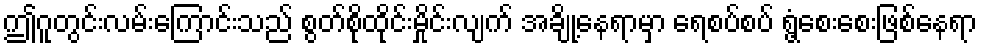
ဤဂူတွင်းလမ်းကြောင်းသည် စွတ်စိုထိုင်းမှိုင်းလျက် အချို့နေရာမှာ ရေစပ်စပ် ရွံ့စေးစေးဖြစ်နေရာ